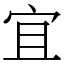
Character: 宜